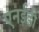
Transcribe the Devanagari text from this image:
एनईडी